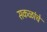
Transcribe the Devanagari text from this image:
सकळांचे